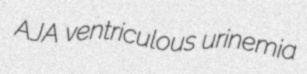
AJA ventriculous urinemia